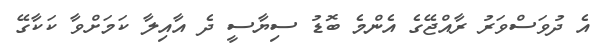
އެ ދުވަސްވަރު ރާއްޖޭގެ އެންމެ ބޮޑު ސިޔާސީ ދެ އާއިލާ ކަމަށްވާ ކަކާގޭ